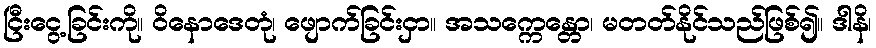
ငြီးငွေ့ခြင်းကို။ ဝိနောဒေတုံ၊ ဖျောက်ခြင်းငှာ။ အသက္ကေန္တော၊ မတတ်နိုင်သည်ဖြစ်၍။ ဒါနိ၊